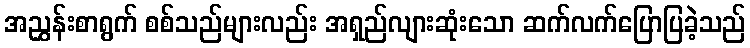
အညွှန်းစာရွက် စစ်သည်များလည်း အရှည်လျားဆုံးသော ဆက်လက်ပြောပြခဲ့သည်